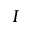
I